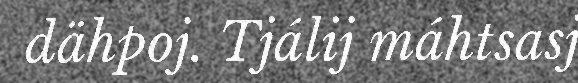
dähpoj. Tjálij máhtsasj